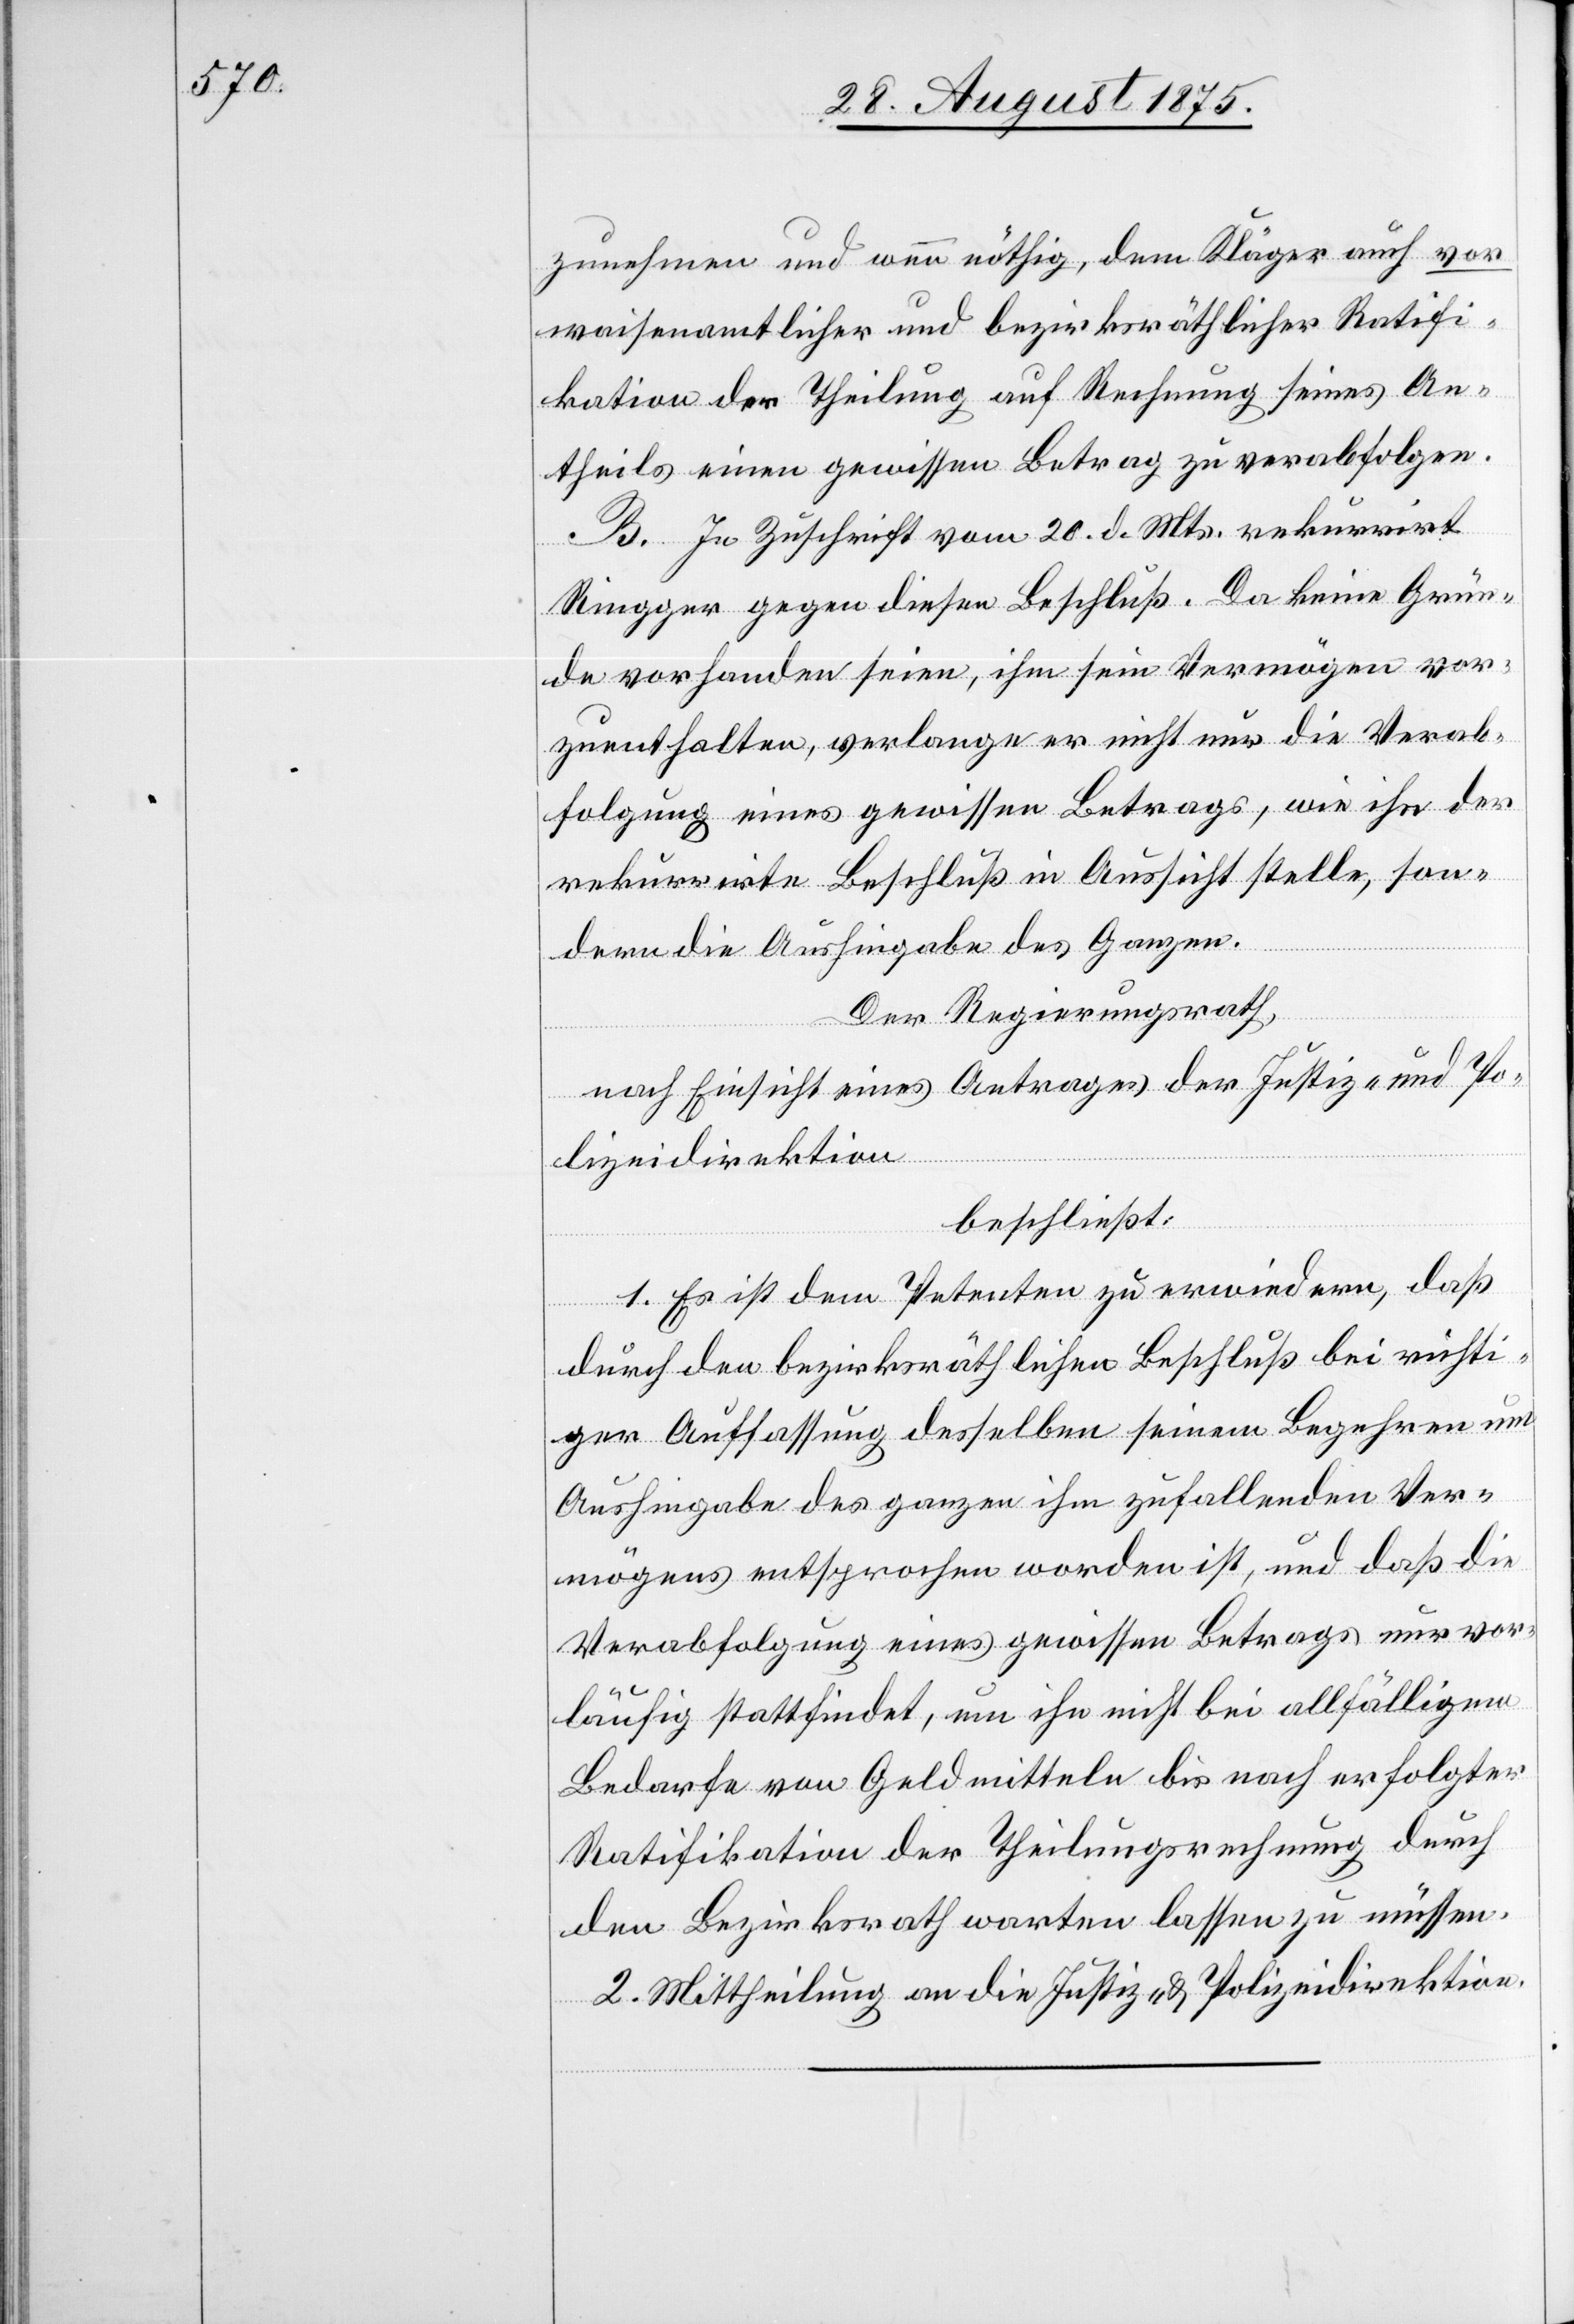
zunehmen und wenn nöthig, dem Kläger auch vor
waisenamtlicher und bezirksräthlicher Ratifi¬
kation der Theilung auf Rechnung seines An¬
theils eine gewissen Betrag zu verabfolgen.
B. In Zuschrift vom 20. d. Mts. rekurrirt
Ringger gegen diesen Beschluß. Da keine Grün¬
de vorhanden seien, ihm sein Vermögen vor¬
zuenthalten, verlange er nicht nur die Verab¬
folgung eines gewissen Betrags, wie ihn der
rekurrirte Beschluß in Aussicht stelle, son¬
dern die Aushingabe des Ganzen.
Der Regierungsrath,
nach Einsicht eines Antrages der Justiz- und Po¬
lizeidirektion
beschließt:
1. Es ist dem Petenten zu erwiedern, daß
durch den bezirksräthlichen Beschluß bei richti¬
ger Auffassung desselben seinem Begehren um
Aushingabe des ganzen ihm zufallenden Ver¬
mögens entsprochen worden ist, und daß die
Verabfolgung eines gewissen Betrags nur vor¬
läufig stattfindet, um ihn nicht bei allfälligem
Bedarfe von Geldmitteln bis nach erfolgter
Ratifikation der Theilungsrechnung durch
den Bezirksrath warten lassen zu müssen.
2. Mittheilung an die Justiz- & Polizeidirektion.